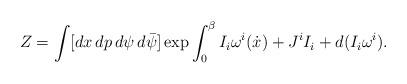
LaTeX: \begin{align*}Z=\int[dx\,dp\,d\psi\,d\bar{\psi}]\exp\int_0^{\beta}I_i\omega^i(\dot{x})+J^iI_i+d(I_i\omega^i).\end{align*}